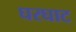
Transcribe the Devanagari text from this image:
घरघाट